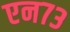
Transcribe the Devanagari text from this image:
एन७३